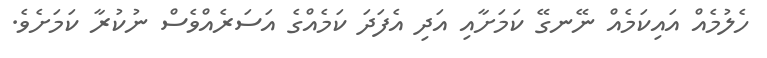
ހެލުމެއް އައިކަމެއް ނޭނގޭ ކަމަށާއި އަދި އެފަދަ ކަމެއްގެ އަސަރެއްވެސް ނުކުރާ ކަމަށެވެ.